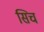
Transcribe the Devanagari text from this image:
सिच